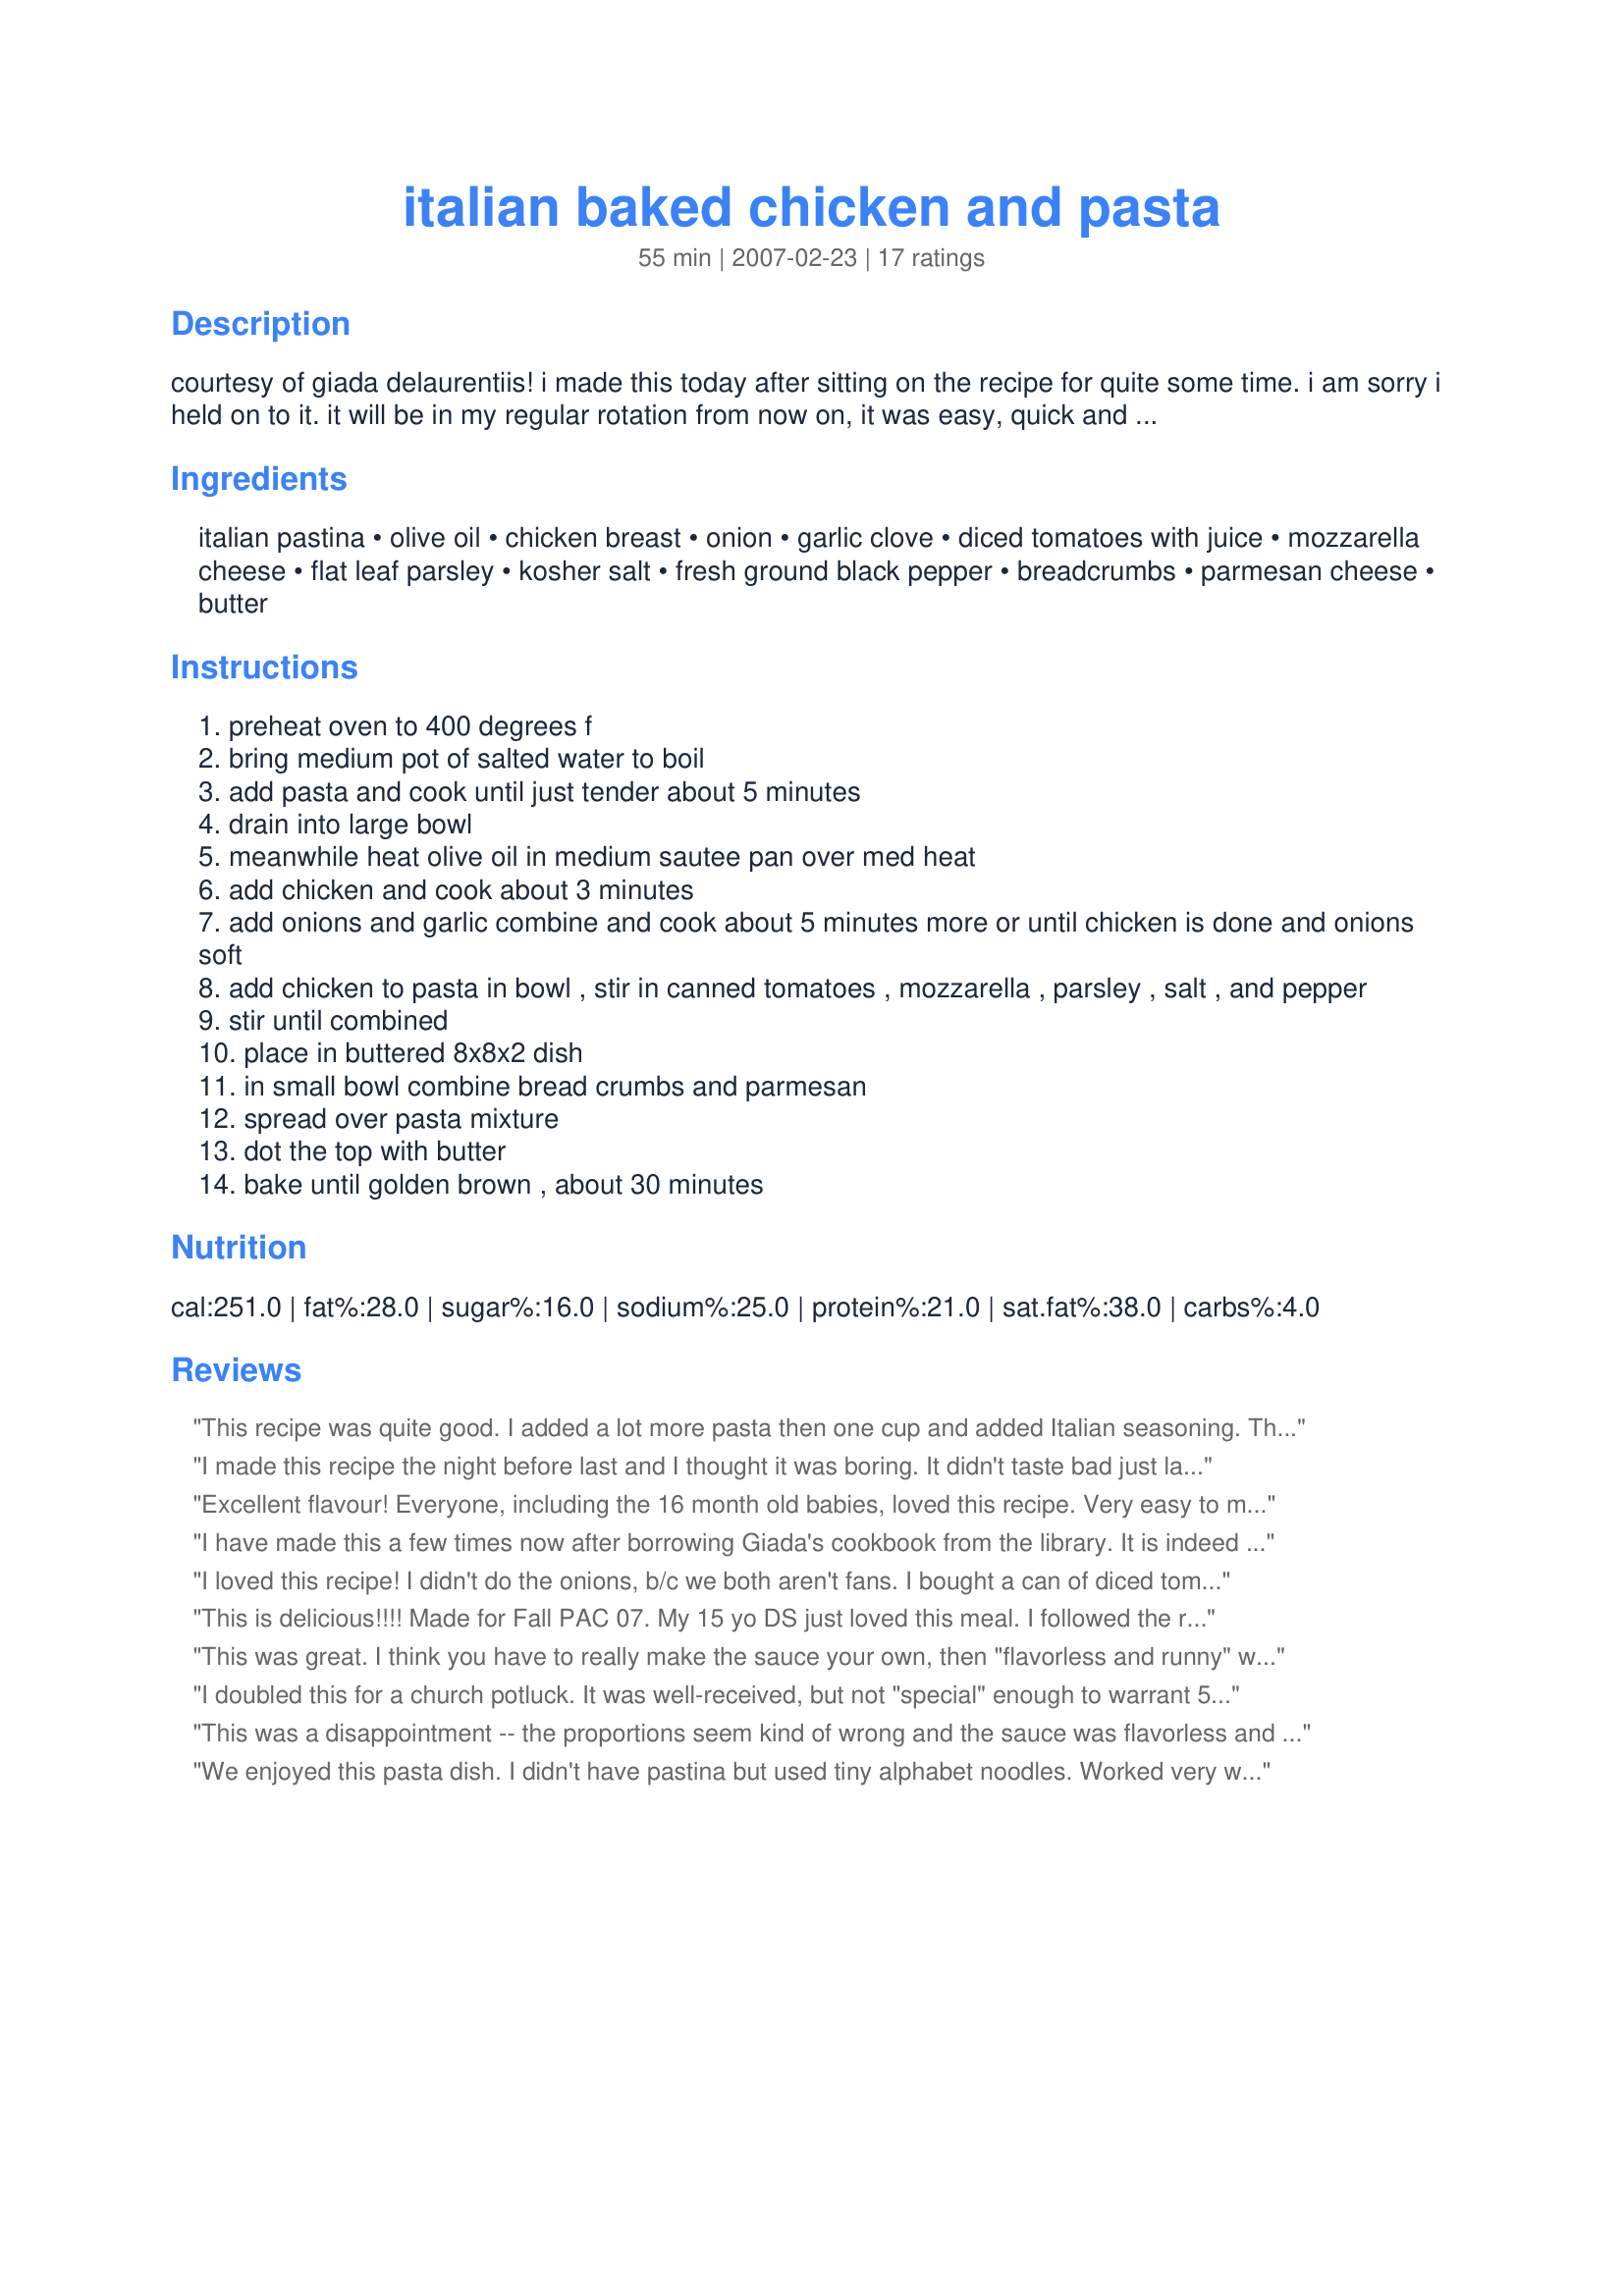
italian baked chicken and pasta
Preparation time: 55 minutes

courtesy of giada delaurentiis! i made this today after sitting on the recipe for quite some time. i am sorry i held on to it. it will be in my regular rotation from now on, it was easy, quick and very tasty. i will change a few things though...i will use tomatoes with italian seasoning and maybe a little more cheese next time! i even think it would be good if you added some ricotta to the mix. there are a lot of possibilities, but it was good as it is written. i doubled the recipe and it was fine. enjoy!

Ingredients:
italian pastina, olive oil, chicken breast, onion, garlic clove, diced tomatoes with juice, mozzarella cheese, flat leaf parsley, kosher salt, fresh ground black pepper, breadcrumbs, parmesan cheese, butter

Steps:
preheat oven to 400 degrees f
bring medium pot of salted water to boil
add pasta and cook until just tender about 5 minutes
drain into large bowl
meanwhile heat olive oil in medium sautee pan over med heat
add chicken and cook about 3 minutes
add onions and garlic combine and cook about 5 minutes more or until chicken is done and onions soft
add chicken to pasta in bowl , stir in canned tomatoes , mozzarella , parsley , salt , and pepper
stir until combined
place in buttered 8x8x2 dish
in small bowl combine bread crumbs and parmesan
spread over pasta mixture
dot the top with butter
bake until golden brown , about 30 minutes

Reviews:
This recipe was quite good. I added a lot more pasta then one cup and added Italian seasoning. The second time I made it I also added artichoke hearts and it tasted great. I also added much more mozzarella the second time around since I love cheese. I really enjoyed the taste of the fresh parsley.
Thanks for a great recipe!
I made this recipe the night before last and I thought it was boring. It didn't taste bad just lacking something. It did taste very much like a chicken pizza. While I was putting the ingredients into the casserole dish I tasted it then and thought it needed something. So I added some cheddar cheese that didn't help. I thought adding the tomatoes with juice made it runny. The chicken was good, but I think the Mozt cheese was too bland and mushy. I usually Like Giadas dishes, but this one lacked something. I keep trying to get my adult children to take the leftovers, but they aren't interested. Sorry.
Excellent flavour! Everyone, including the 16 month old babies, loved this recipe. Very easy to make, and delicious. Definitely a keeper!
I have made this a few times now after borrowing Giada's cookbook from the library. It is indeed excellent. I have made it using Giada's Marinara Sauce in place of the diced tomatoes and it was great. I also have made it without the chicken because I forgot to put it in once and that was still good. So, you can change this up pretty easily and still have a great dinner. Thx for posting!
I loved this recipe! I didn't do the onions, b/c we both aren't fans. I bought a can of diced tomatoes that was already flavored with oregano, basil and garlic. And I used little pasta shells instead. It was delicious! I made 2 small casseroles, one where I added some regular jarred sauce to make it saucier (I like it better that way!) Both were excellent. Definitely broil at the end to make sure the breadcrumbs get browned. Enjoy!
This is delicious!!!! Made for Fall PAC 07. My 15 yo DS just loved this meal. I followed the recipe as directed except that I added about 1/2 cup cottage cheese and added an additional 1/2 cup of mozzarella cheese. This is nice as you can make it up earlier in the day and just pop it in oven later for dinner. Thanks for a great recipe Peyton&KaylansMama!!
This was great. I think you have to really make the sauce your own, then "flavorless and runny" won't be an option. I don't think just dumping canned tomatoes and other ingredients on the dish is the best way (Step 7). Also it's important to really season your chicken, as chicken breasts have almost no taste on their own. I season with with kosher salt and then pepper, and then added some classic dried Italian herbs. DELICIOUS! I will keep this one on hand whenever I'm at a loss as to what to do with chicken breasts. And since I put up lots of jars of my own special sauce, it's a quick go-to. Another added note.....since mozzarella tends not to have much flavor, using an herbed or garlic one will help with flavor. Even try switching out for an equally delicious melty cheese (I'd stay away from cheddar personally.) There's nothing I've ever made of Giada's that hasn't come out perfect. She's the best. Thanks for posting.

ADDED NOTE: I'm not sure if this recipe was word-for-word Giada (ie, the way she would do it), but I cooked my chicken til browned and almost cooked through, and my pasta to slightly before al dente, because they're both going to continue to cook in a 400 degree oven for 30 additional minutes.
I doubled this for a church potluck. It was well-received, but not "special" enough to warrant 5 stars.
This was a disappointment -- the proportions seem kind of wrong and the sauce was flavorless and runny.
We enjoyed this pasta dish. I didn't have pastina but used tiny alphabet noodles. Worked very well in the dish. This would be a good candidate for oamc if the crumb topping was left until reheating. Thanks for sharing this recipe.
Great base recipe. My family likes food w/ a bit more pizzazz so this first time around wasn&#039;t an instant favorite. However, I can see how to jazz this up for our palate. Again, this is a great base recipe.
This is a great easy recipe. I had some left over rotisserie chicken used it in this recipe. Thank you for posting.
This was great. I made it just as posted and everyone loved it.
This is excellent but I wouldn't expect anything less from one of Giada's recipes. I made it as written, using acini de pepe for the pasta. I added a half teaspoon of Italian herb blend since I could only get plain canned tomatoes but I think next time I will leave it out as I could taste the rosemary too much. My husband just loved this so I will be making it again.
This was fabulous. I used the small macarroni noodles in mine. I also cut out the onion, because we don't care for them much. My husband loved it and it made plenty, so we had leftovers for lunch. This is a keeper!!
Add a little seasoning when cooking the chicken with seasoning salt(Lawry's). It still didn't taste like a great dish, but still good the meat was very tender. I think next time I'll add Italian dressing when mixing the pasta and chicken next time that might add some pazzazz!
My family liked this and it was very easy. I used a pound of pasta and doubled the other stuff. I used italian style tomatoes, but next time I will add an extra can because it was a little dry. I crushed up seasoned croutons for the top and they were super tasty. I called this a deconstructed chicken parmesean. Thanks for the recipe.
